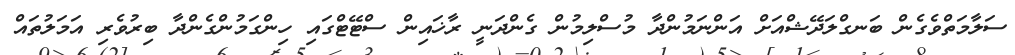
ސަލާމަތްވެގެން ބަނގްލަދޭޝްއަށް އަންނަމުންދާ މުސްލިމުން ގެންދަނީ ރާޚައިން ސްޓޭޓްގައި ހިންގަމުންގެންދާ ބިރުވެރި އަމަލުތައް